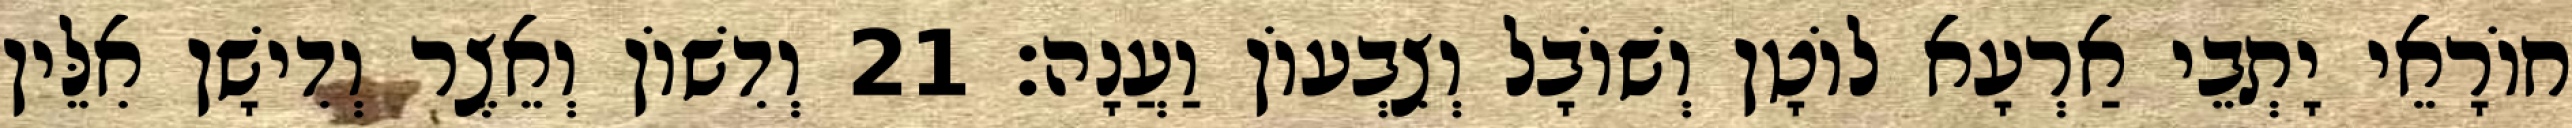
חוֹרָאֵי יָתְבֵי אַרְעָא לוֹטָן וְשׁוֹבָל וְצִבְעוֹן וַעֲנָה׃ 21 וְדִשׁוֹן וְאֵצֶר וְדִישָׁן אִלֵּין